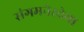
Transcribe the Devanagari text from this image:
संगमनेरचेया